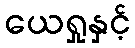
ယေရှုနှင့်